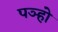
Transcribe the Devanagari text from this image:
पञ्हो